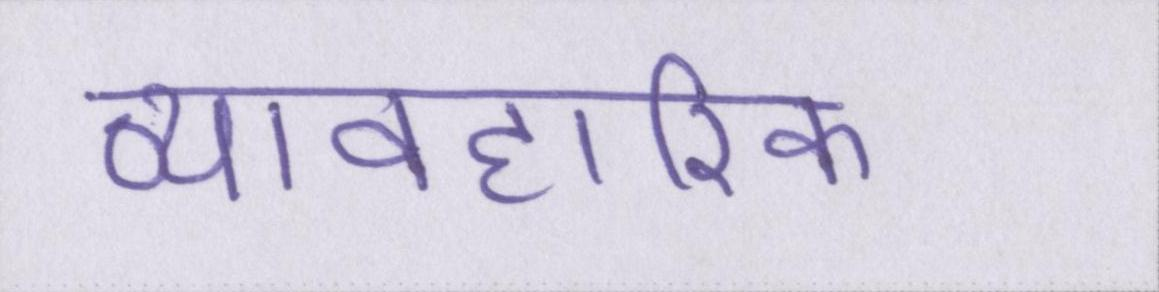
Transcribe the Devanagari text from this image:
व्यावहारिक